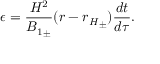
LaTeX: \epsilon = \frac { H ^ { 2 } } { { B _ { 1 } } _ { \pm } } ( r - { r _ { H } } _ { \pm } ) \frac { d t } { d \tau } .